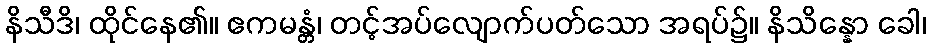
နိသီဒိ၊ ထိုင်နေ၏။ ဧကမန္တံ၊ တင့်အပ်လျောက်ပတ်သော အရပ်၌။ နိသိန္နော ခေါ၊